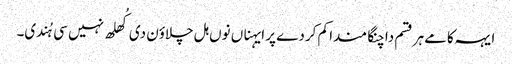
ایہہ کامے ہر قسم دا چنگا مندا کم کردے پر ایہناں نوں ہل چلاؤن دی کُھلھ نہیں سی ہُندی۔